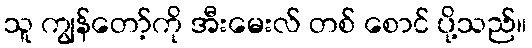
သူ ကျွန်တော့်ကို အီးမေးလ် တစ် စောင် ပို့သည်။